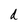
Character: d